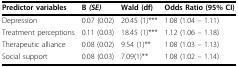
<table><thead><tr><td><b>Predictor variables</b></td><td><b>B <i>(SE)</i></b></td><td><b>Wald (df)</b></td><td><b>Odds Ratio (95% CI)</b></td></tr></thead><tbody><tr><td>Depression</td><td>0.07 (0.02)</td><td>20.45 (1)***</td><td>1.08 (1.04 -- 1.11)</td></tr><tr><td>Treatment perceptions</td><td>0.11 (0.03)</td><td>18.45 (1)***</td><td>1.12 (1.06 -- 1.18)</td></tr><tr><td>Therapeutic alliance</td><td>0.08 (0.02)</td><td>9.54 (1)**</td><td>1.08 (1.03 -- 1.13)</td></tr><tr><td>Social support</td><td>0.08 (0.03)</td><td>7.09(1)**</td><td>1.08 (1.02 -- 1.14)</td></tr></tbody></table>